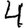
Digit: 4